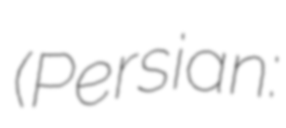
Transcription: (Persian: